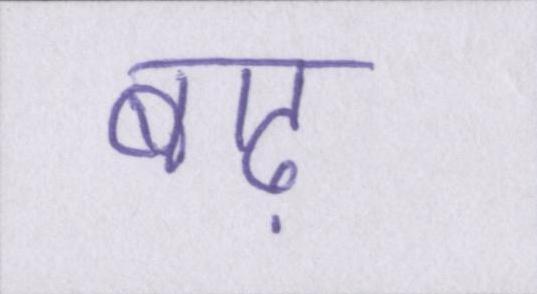
बाढ़